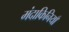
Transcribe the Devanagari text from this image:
मंदाकिनियाँ